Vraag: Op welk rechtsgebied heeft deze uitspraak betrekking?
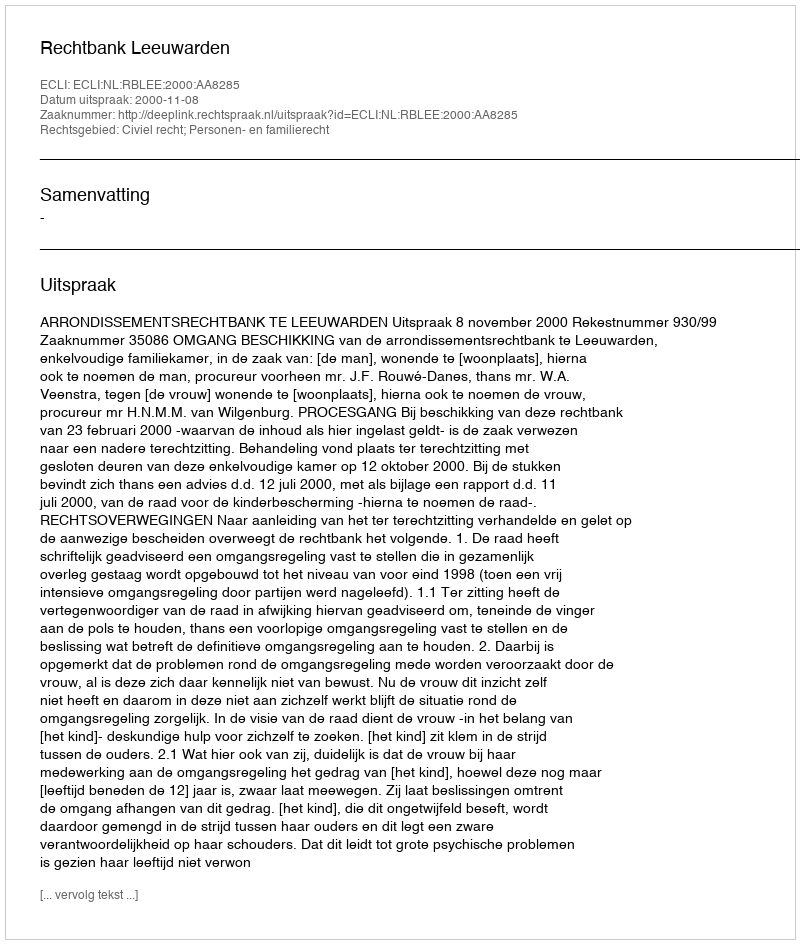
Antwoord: Civiel recht; Personen- en familierecht